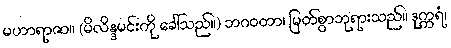
မဟာရာဇာ။ (မိလိန္ဒမင်းကို ခေါ်သည်။) ဘဂဝတာ၊ မြတ်စွာဘုရားသည်။ ဒုက္ကရံ၊